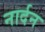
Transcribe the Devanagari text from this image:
नार्दन